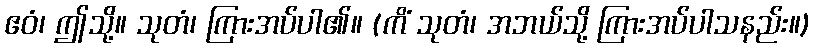
ဧဝံ၊ ဤသို့။ သုတံ၊ ကြားအပ်ပါ၏။ (ကိံ သုတံ၊ အဘယ်သို့ ကြားအပ်ပါသနည်း။)